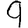
Digit: 9